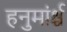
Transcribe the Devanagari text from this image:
हनुमांर्श्च